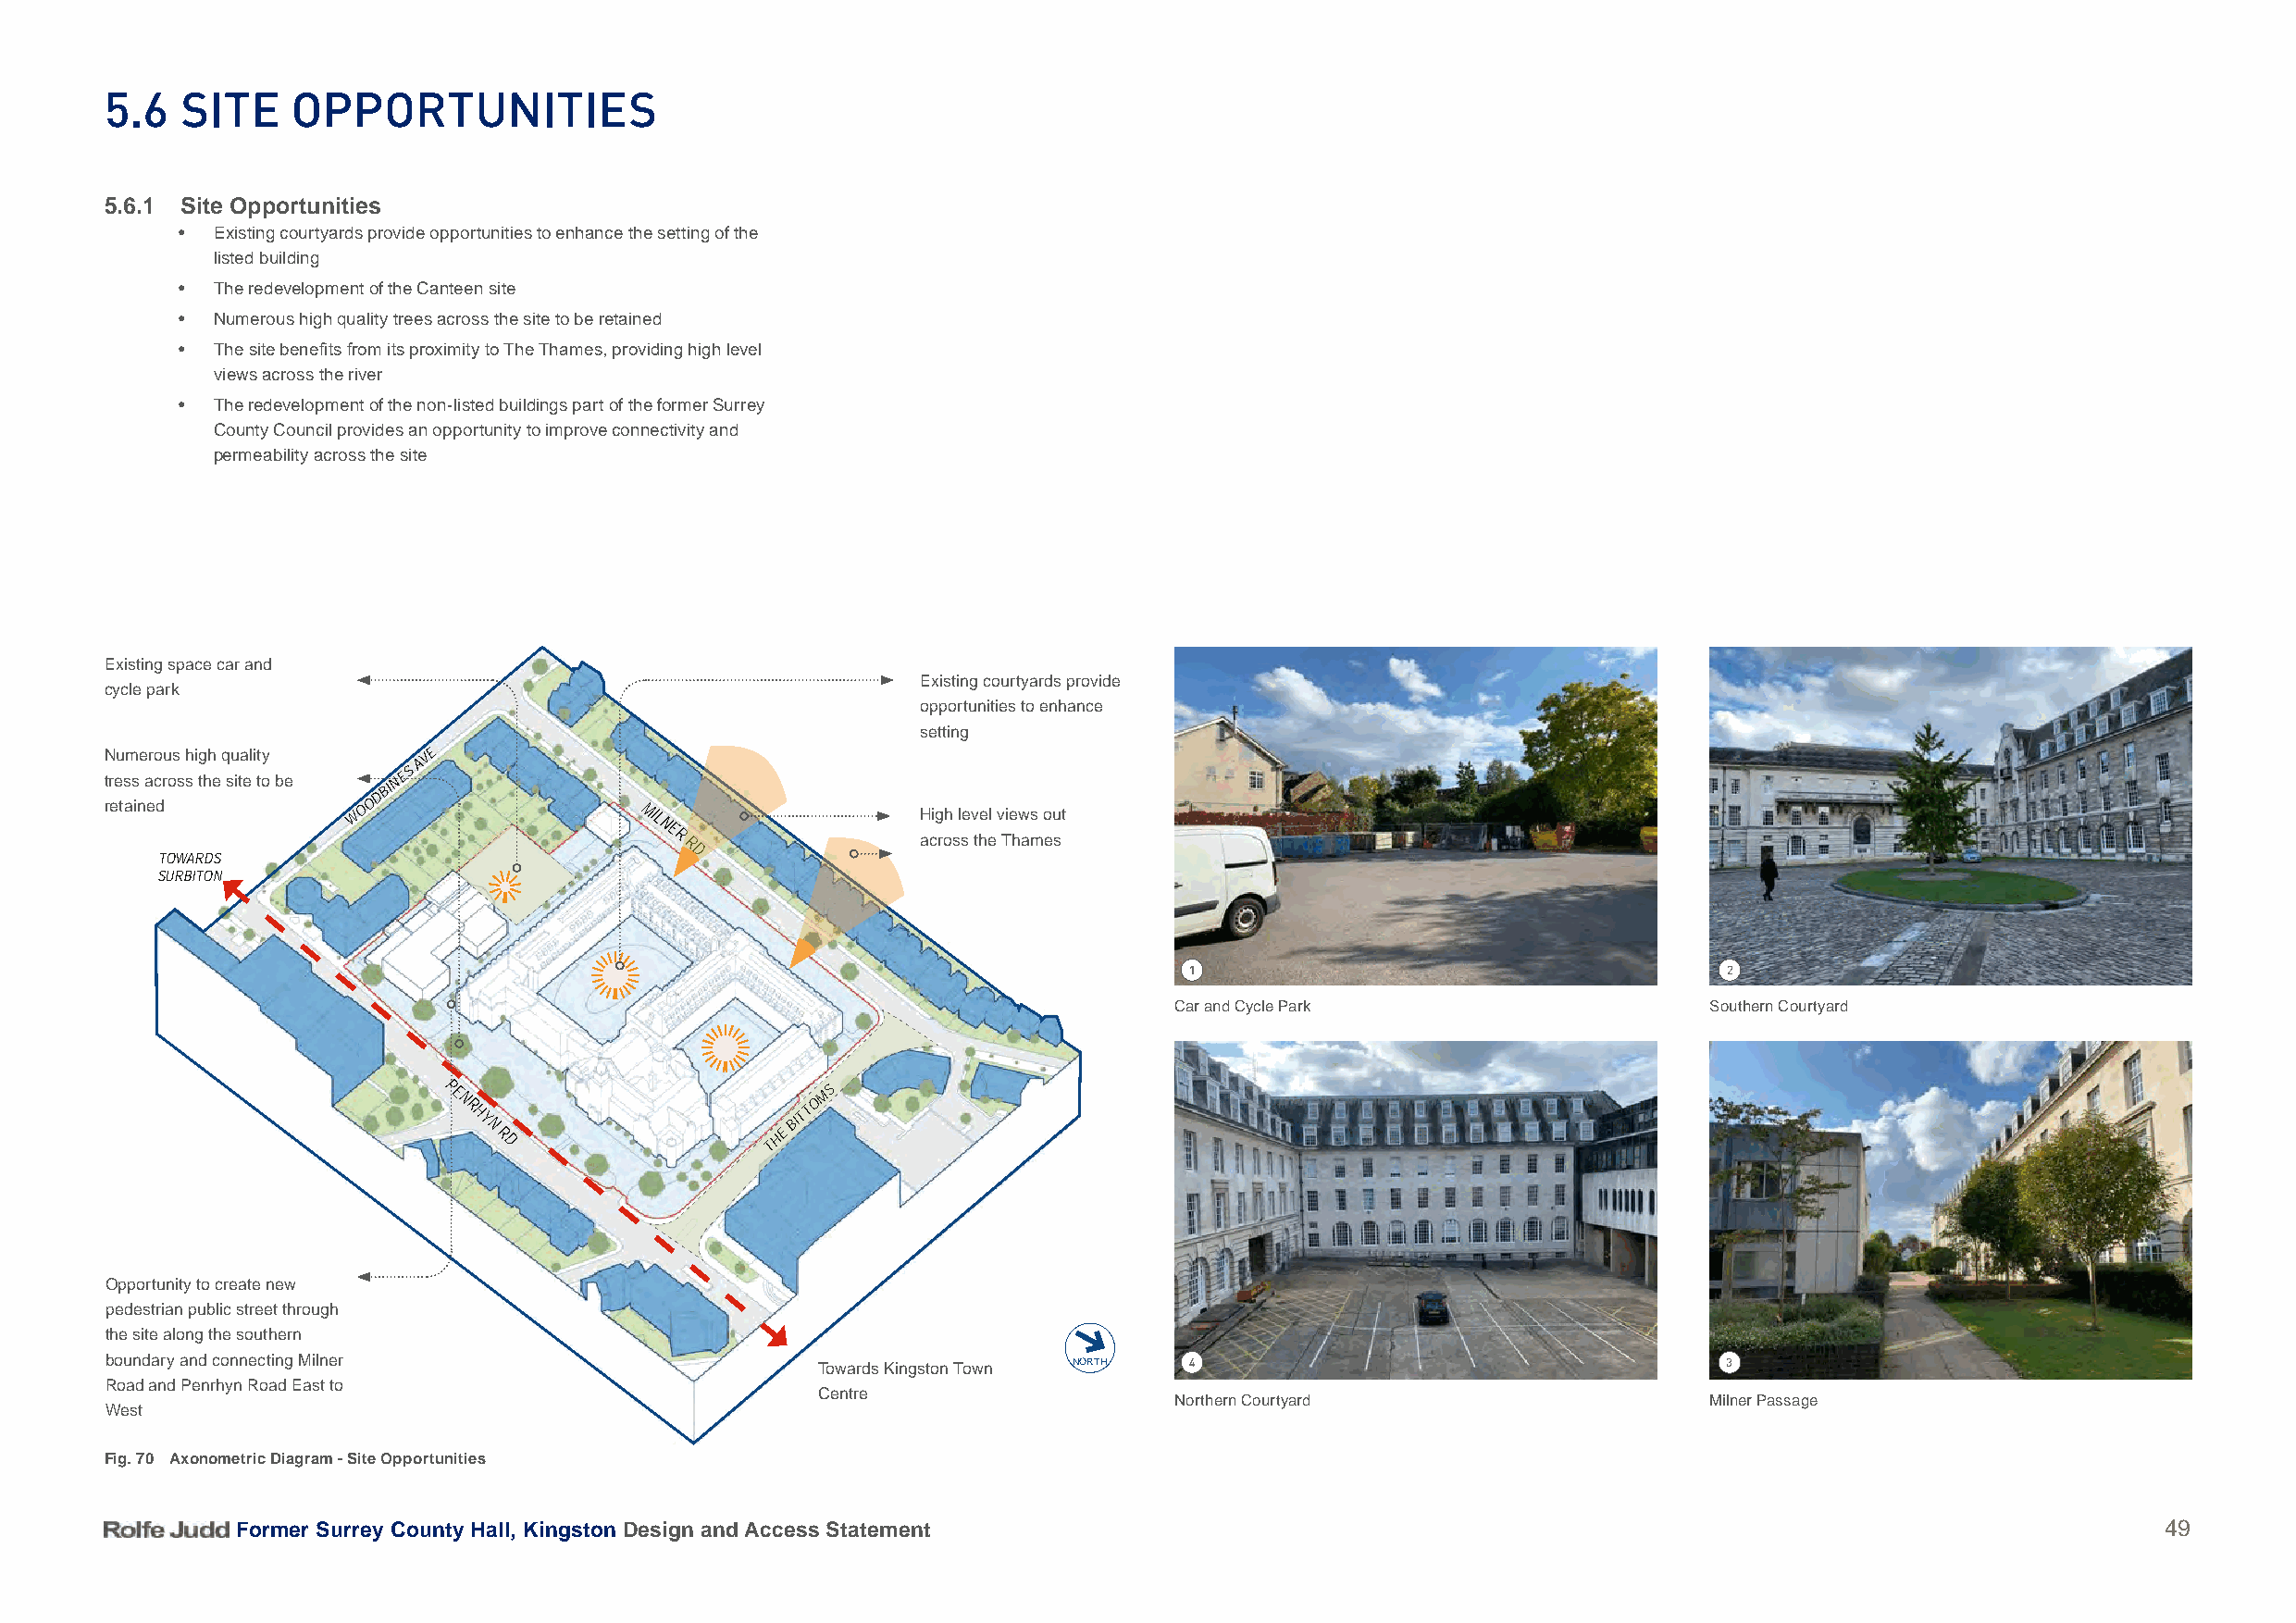
5.6   Site    oPPortunitieS
 5.6.1 Site Opportunities
 • Existing courtyards provide opportunities to enhance the setting of the
 listed building
 • The redevelopment of the Canteen site
 • Numerous high quality trees across the site to be retained
 • The site benefits from its proximity to The Thames, providing high level
 views across the river
 • The redevelopment of the non-listed buildings part of the former Surrey
 County Council provides an opportunity to improve connectivity and
 permeability across the site
 Existing space car and
 Existing courtyards provide
 cycle park
 opportunities to enhance
 setting
 N treu sm se aro cru os
 s
 h
 s
 ig thh
 e
 q su ita el it toy
 be
 NES
 AVE
 BI
 D
 retained
 W
 OO
 MIL                 High level views out
 NE
 R                 across the Thames
 R
 TOWARDS
 D
 SURBITON
 1                                     2
 Car and Cycle Park                    Southern Courtyard
 P
 E
 MS
 N                        O
 R                        T
 H
 Y
 N R
 D
 THE
 BIT
 Opportunity to create new
 UPDATE
 pedestrian public street through
 the site along the southern
 boundary and connecting Milner                    Towards Kingston Town NORTH 4                                    3
 Road and Penrhyn Road East to
 Centre
 Northern Courtyard                    Milner Passage
 West
 Fig. 70 Axonometric Diagram - Site Opportunities
 Former Surrey County Hall, Kingston Design and Access Statement                                                                           49